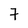
Character: 7